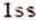
ISS